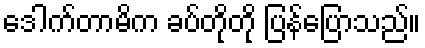
ဒေါက်တာမိက ခပ်တိုတို ပြန်ပြောသည်။